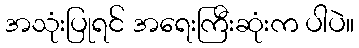
အသုံးပြုရင် အရေးကြီးဆုံးက ပါပဲ။